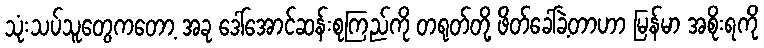
သုံးသပ်သူတွေကတော့ အခု ဒေါ်အောင်ဆန်းစုကြည်ကို တရုတ်တို့ ဖိတ်ခေါ်ခဲ့တာဟာ မြန်မာ အစိုးရကို